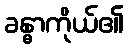
ခန္ဓာကိုယ်၏